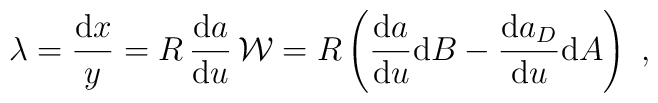
\lambda= \frac{{\rm d}x}{y}={R} \,\frac{{\rm d}a}{{\rm d}u}\,{\cal W}= {R}\left(\frac{{\rm d}a}{{\rm d}u}{\rm d}B-\frac{{\rm d}a_D}{{\rm d}u}{\rm d}A\right)\ ,